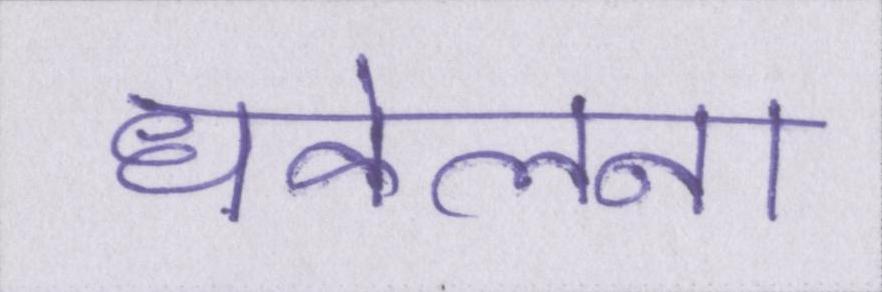
धकेलना